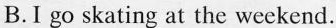
B.I go skating at the weekend.